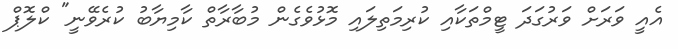
އެއީ ވަރަށް ވަރުގަދަ ޓީމްތަކާއި ކުރިމަތިލައި މޮޅުވެގެން މުބާރާތް ކާމިޔާބު ކުރެވޭނީ" ކްލޮޕް